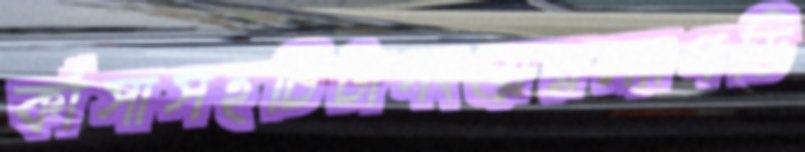
কাঁসাসহচিটাগংয়েরম্যাগডি